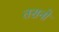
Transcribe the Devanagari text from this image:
तरानो